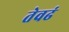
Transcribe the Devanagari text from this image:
तेवढं